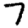
Digit: 7